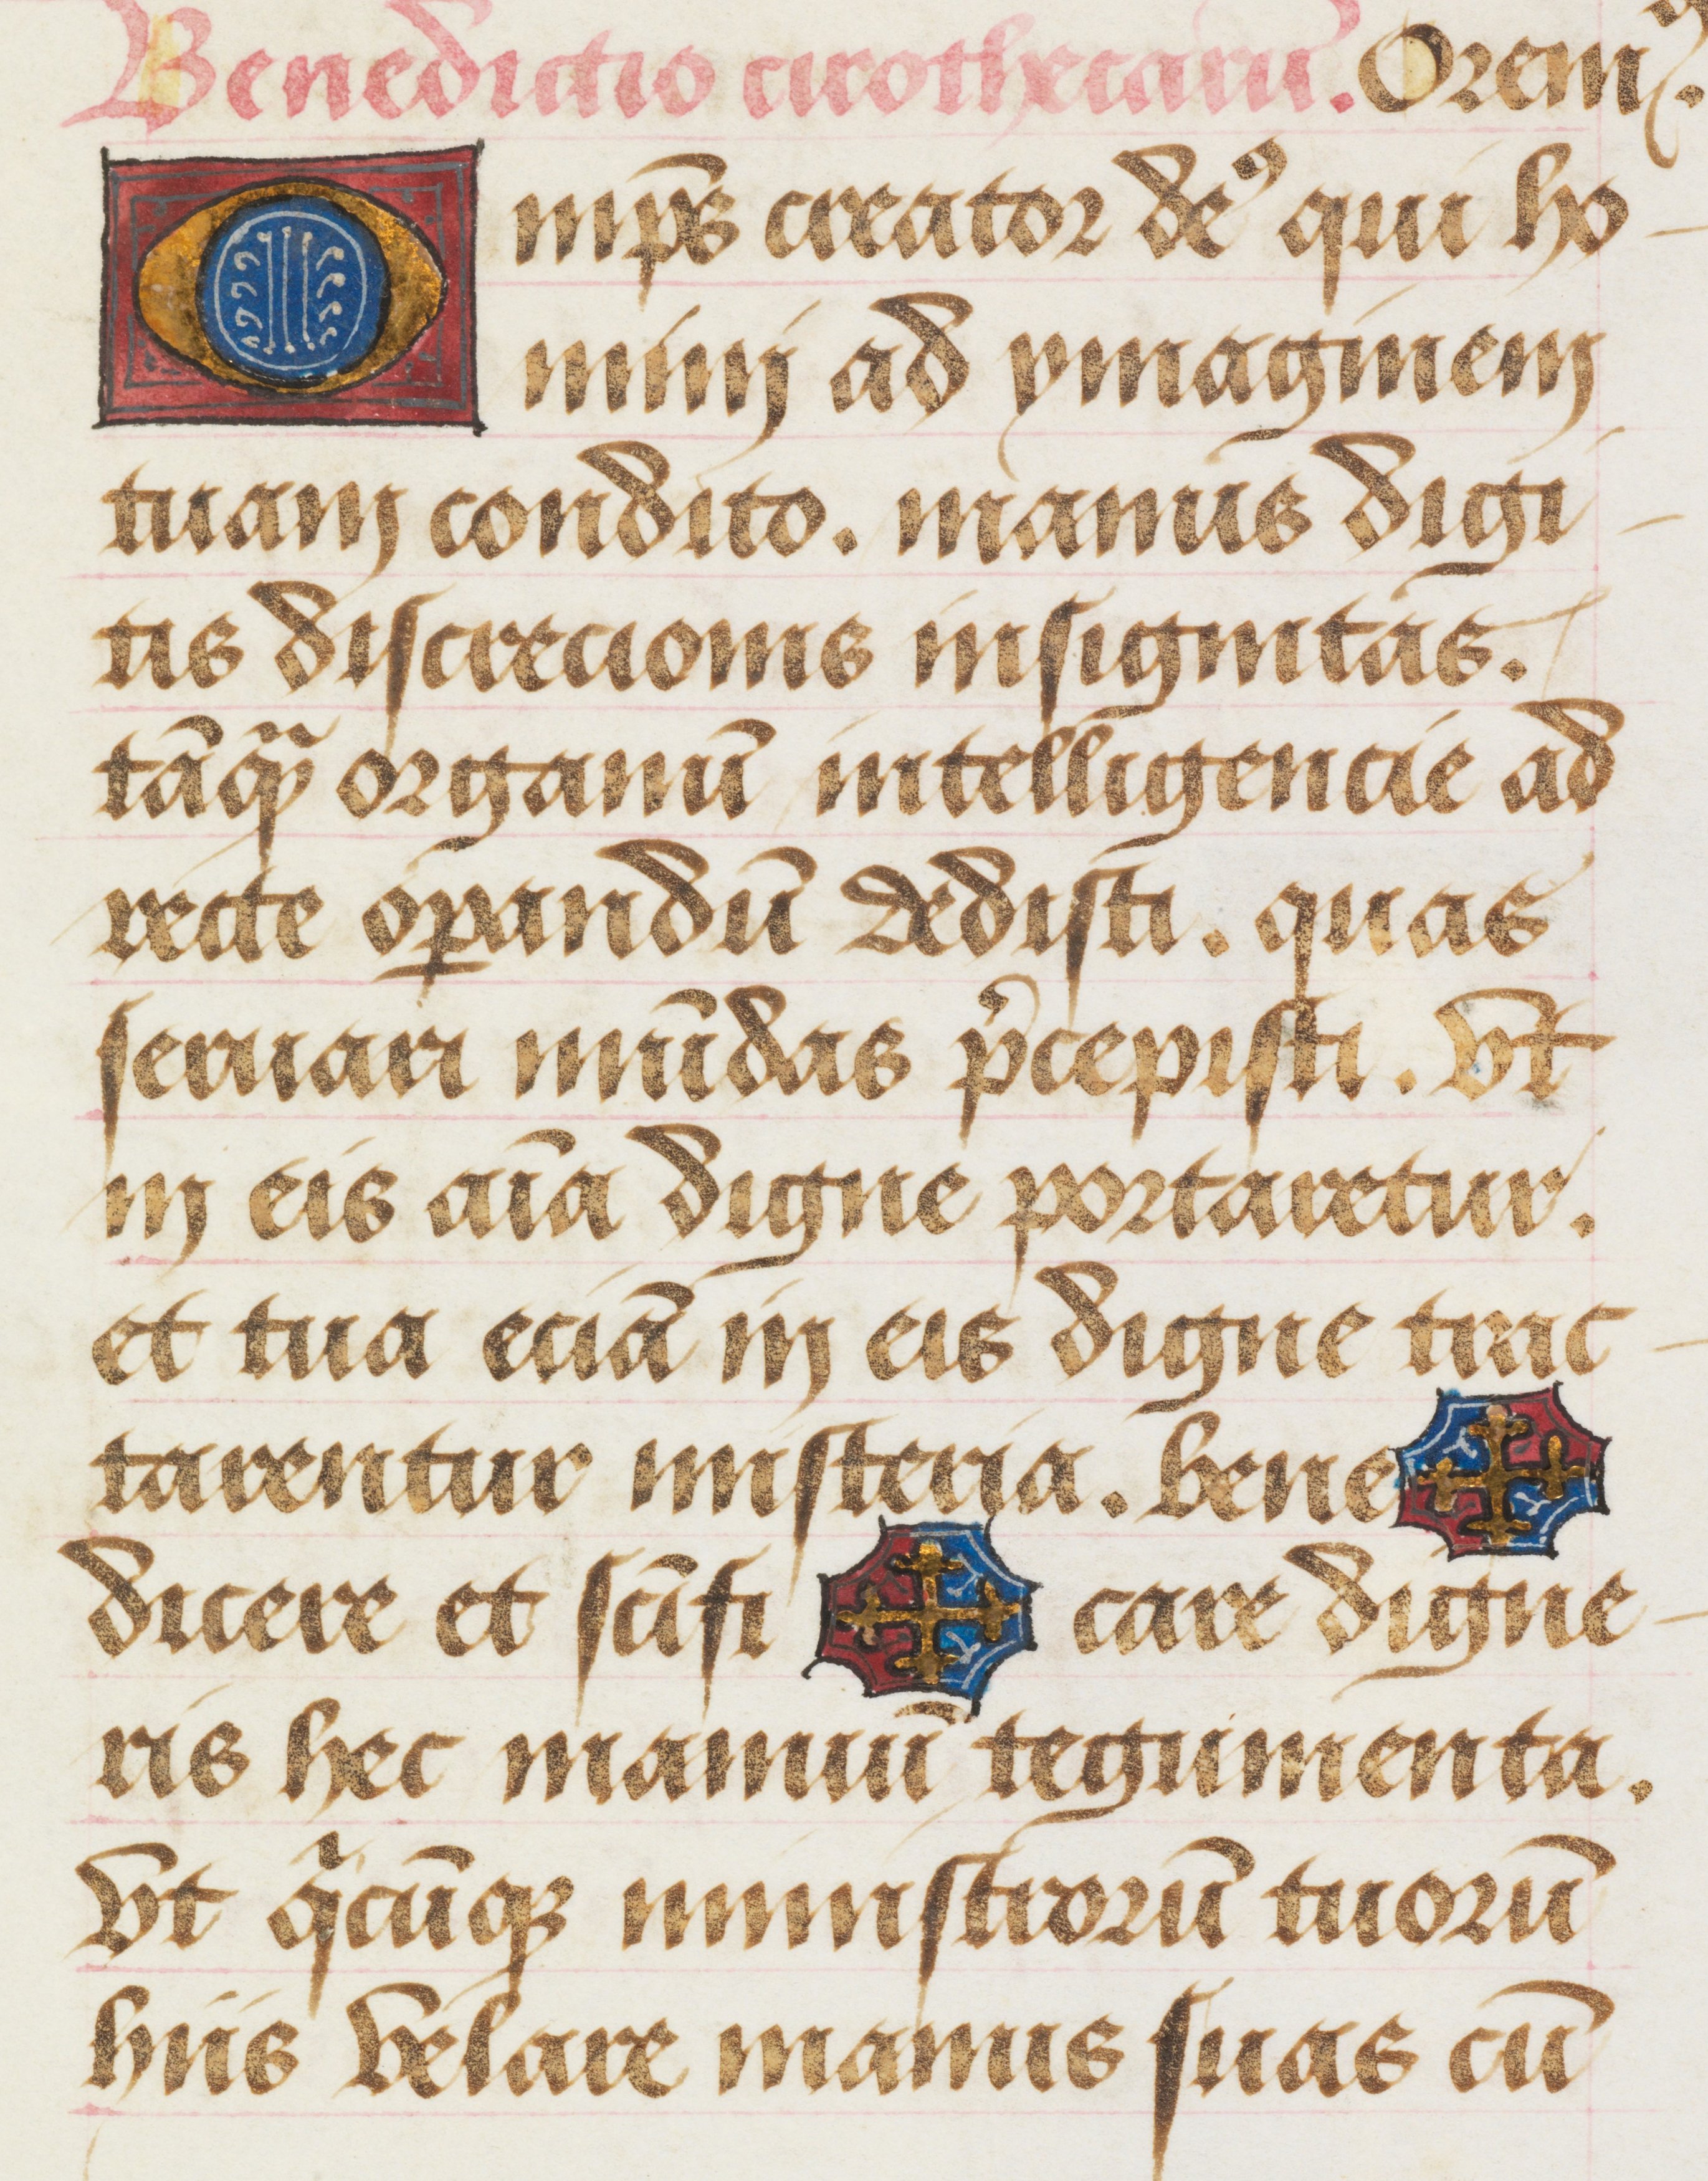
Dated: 1463–1498